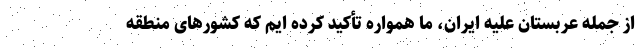
از جمله عربستان علیه ایران، ما همواره تأکید کرده ایم که کشورهای منطقه